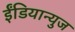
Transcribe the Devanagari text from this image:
ईंडियान्युज